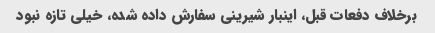
برخلاف دفعات قبل، اینبار شیرینی سفارش داده شده، خیلی تازه نبود